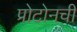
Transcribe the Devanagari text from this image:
प्रोटोनची